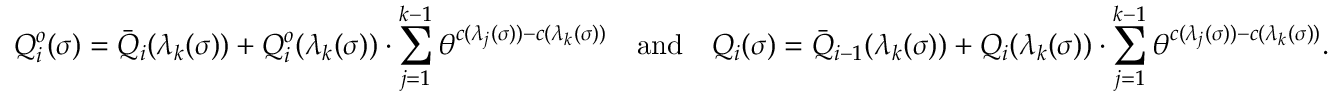
Q _ { i } ^ { o } ( \sigma ) = \bar { Q } _ { i } ( \lambda _ { k } ( \sigma ) ) + Q _ { i } ^ { o } ( \lambda _ { k } ( \sigma ) ) \cdot \sum _ { j = 1 } ^ { k - 1 } \theta ^ { c ( \lambda _ { j } ( \sigma ) ) - c ( \lambda _ { k } ( \sigma ) ) } \quad \mathrm { a n d } \quad Q _ { i } ( \sigma ) = \bar { Q } _ { i - 1 } ( \lambda _ { k } ( \sigma ) ) + Q _ { i } ( \lambda _ { k } ( \sigma ) ) \cdot \sum _ { j = 1 } ^ { k - 1 } \theta ^ { c ( \lambda _ { j } ( \sigma ) ) - c ( \lambda _ { k } ( \sigma ) ) } .